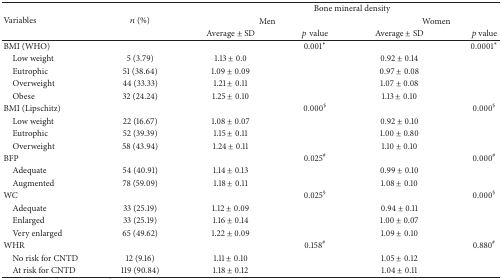
<table><thead><tr><td rowspan="3"><b>Variables</b></td><td rowspan="3"><b><i>n</i> (%)</b></td><td colspan="4"><b>Bone mineral density </b></td></tr><tr><td colspan="2"><b>Men</b></td><td colspan="2"><b>Women</b></td></tr><tr><td><b>Average ± SD </b></td><td><b><i>p</i> value</b></td><td><b>Average ± SD </b></td><td><b><i>p</i> value</b></td></tr></thead><tbody><tr><td>BMI (WHO)</td><td> </td><td> </td><td>0.001<sup><i>∗</i></sup></td><td> </td><td>0.0001<sup><i>∗</i></sup></td></tr><tr><td> Low weight</td><td>5 (3.79)</td><td>1.13 ± 0.0</td><td> </td><td>0.92 ± 0.14</td><td> </td></tr><tr><td> Eutrophic</td><td>51 (38.64)</td><td>1.09 ± 0.09</td><td> </td><td>0.97 ± 0.08</td><td> </td></tr><tr><td> Overweight</td><td>44 (33.33)</td><td>1.21 ± 0.11</td><td> </td><td>1.07 ± 0.08</td><td> </td></tr><tr><td> Obese</td><td>32 (24.24)</td><td>1.25 ± 0.10</td><td> </td><td>1.13 ± 0.10</td><td> </td></tr><tr><td>BMI (Lipschitz)</td><td> </td><td> </td><td>0.000<sup>§</sup></td><td> </td><td>0.000<sup>§</sup></td></tr><tr><td> Low weight</td><td>22 (16.67)</td><td>1.08 ± 0.07</td><td> </td><td>0.92 ± 0.10</td><td> </td></tr><tr><td> Eutrophic</td><td>52 (39.39)</td><td>1.15 ± 0.11</td><td> </td><td>1.00 ± 0.80</td><td> </td></tr><tr><td> Overweight</td><td>58 (43.94)</td><td>1.24 ± 0.11</td><td> </td><td>1.10 ± 0.10</td><td> </td></tr><tr><td>BFP</td><td> </td><td> </td><td>0.025<sup>#</sup></td><td> </td><td>0.000<sup>#</sup></td></tr><tr><td> Adequate</td><td>54 (40.91)</td><td>1.14 ± 0.13</td><td> </td><td>0.99 ± 0.10</td><td> </td></tr><tr><td> Augmented</td><td>78 (59.09)</td><td>1.18 ± 0.11</td><td> </td><td>1.08 ± 0.10</td><td> </td></tr><tr><td>WC</td><td> </td><td> </td><td>0.025<sup>§</sup></td><td> </td><td>0.000<sup>§</sup></td></tr><tr><td> Adequate</td><td>33 (25.19)</td><td>1.12 ± 0.09</td><td> </td><td>0.94 ± 0.11</td><td> </td></tr><tr><td> Enlarged</td><td>33 (25.19)</td><td>1.16 ± 0.14</td><td> </td><td>1.00 ± 0.07</td><td> </td></tr><tr><td> Very enlarged</td><td>65 (49.62)</td><td>1.22 ± 0.09</td><td> </td><td>1.09 ± 0.10</td><td> </td></tr><tr><td>WHR</td><td> </td><td> </td><td>0.158<sup>#</sup></td><td> </td><td>0.880<sup>#</sup></td></tr><tr><td> No risk for CNTD</td><td>12 (9.16)</td><td>1.11 ± 0.10</td><td> </td><td>1.05 ± 0.12</td><td> </td></tr><tr><td> At risk for CNTD</td><td>119 (90.84)</td><td>1.18 ± 0.12</td><td> </td><td>1.04 ± 0.11</td><td> </td></tr></tbody></table>